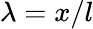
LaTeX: \lambda=x/l